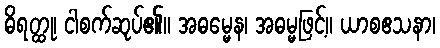
ဓိရတ္ထု၊ ငါစက်ဆုပ်၏။ အဓမ္မေန၊ အဓမ္မဖြင့်။ ယာစဧသနာ၊